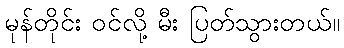
မုန်တိုင်း ဝင်လို့ မီး ပြတ်သွားတယ်။